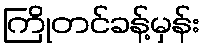
ကြိုတင်ခန့်မှန်း